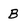
Character: B